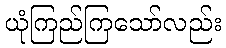
ယုံကြည်ကြသော်လည်း